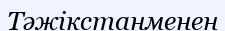
Тәжікстанменен